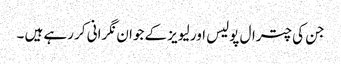
جن کی چترال پولیس اور لیویز کے جوان نگرانی کر رہے ہیں ۔